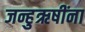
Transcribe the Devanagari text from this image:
जन्हुऋषींना